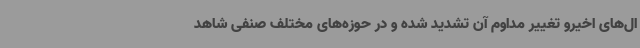
ال‌های اخیرو تغییر مداوم آن تشدید شده و در حوزه‌های مختلف صنفی شاهد